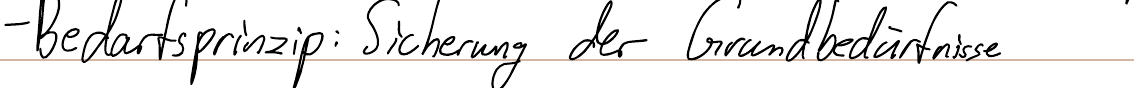
- Bedarfsprinzip: Sicherung der Grundbedürfnisse